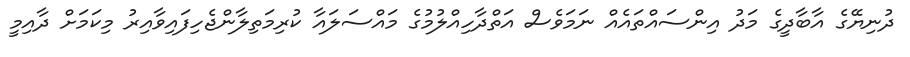
ދުނިޔޭގެ އާބާދީގެ މަދު އިންސައްތައެއް ނަމަވެސް އަތްދާހިއްލުމުގެ މައްސަލައާ ކުރިމަތިލާންޖެހިފައިވާއިރު މިކަމަށް ދާއިމީ